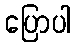
ပြောပါ